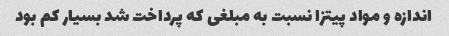
اندازه و مواد پیتزا نسبت به مبلغی که پرداخت شد بسیار کم بود